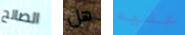
الصالح هل عليه